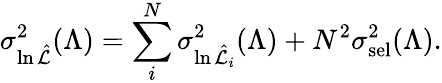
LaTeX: \sigma_{\ln\hat{\cal L}}^{2}(\Lambda)=\sum_{i}^{N}\sigma_{\ln\hat{\cal L}_{i}}^{2}(\Lambda)+N^{2}\sigma_{\mathrm{sel}}^{2}(\Lambda).